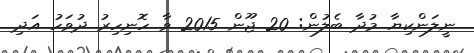
ނީލަންކިޔާ މުދާ ބެލުން: 20 ޖޫން 2015 ވާ ހޮނިހިރު ދުވަހު އަދި